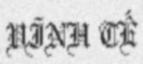
VĨNH TẾ